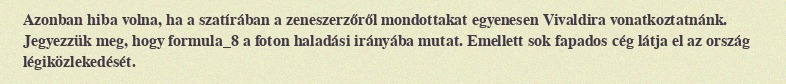
Azonban hiba volna, ha a szatírában a zeneszerzőről mondottakat egyenesen Vivaldira vonatkoztatnánk. Jegyezzük meg, hogy formula_8 a foton haladási irányába mutat. Emellett sok fapados cég látja el az ország légiközlekedését.